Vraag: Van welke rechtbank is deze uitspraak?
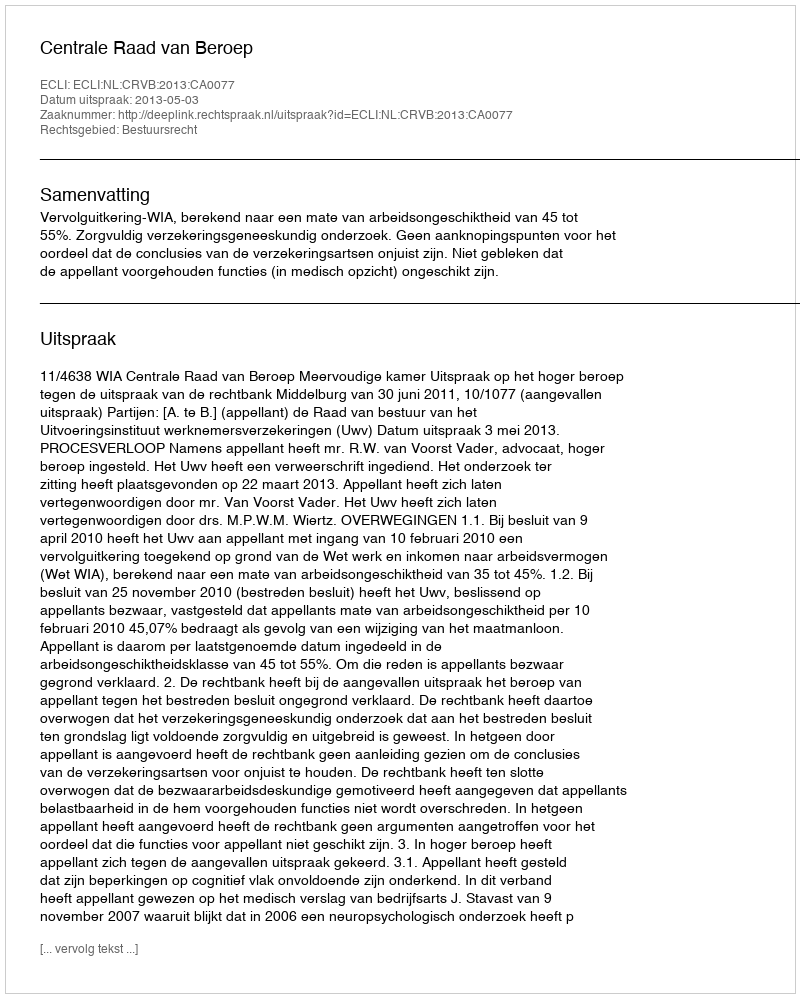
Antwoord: Centrale Raad van Beroep